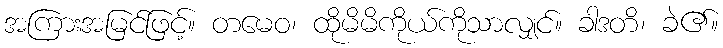
အကြားအမြင်ဖြင့်။ တမေဝ၊ ထိုမိမိကိုယ်ကိုသာလျှင်။ ခါဒတိ၊ ခဲ၏။